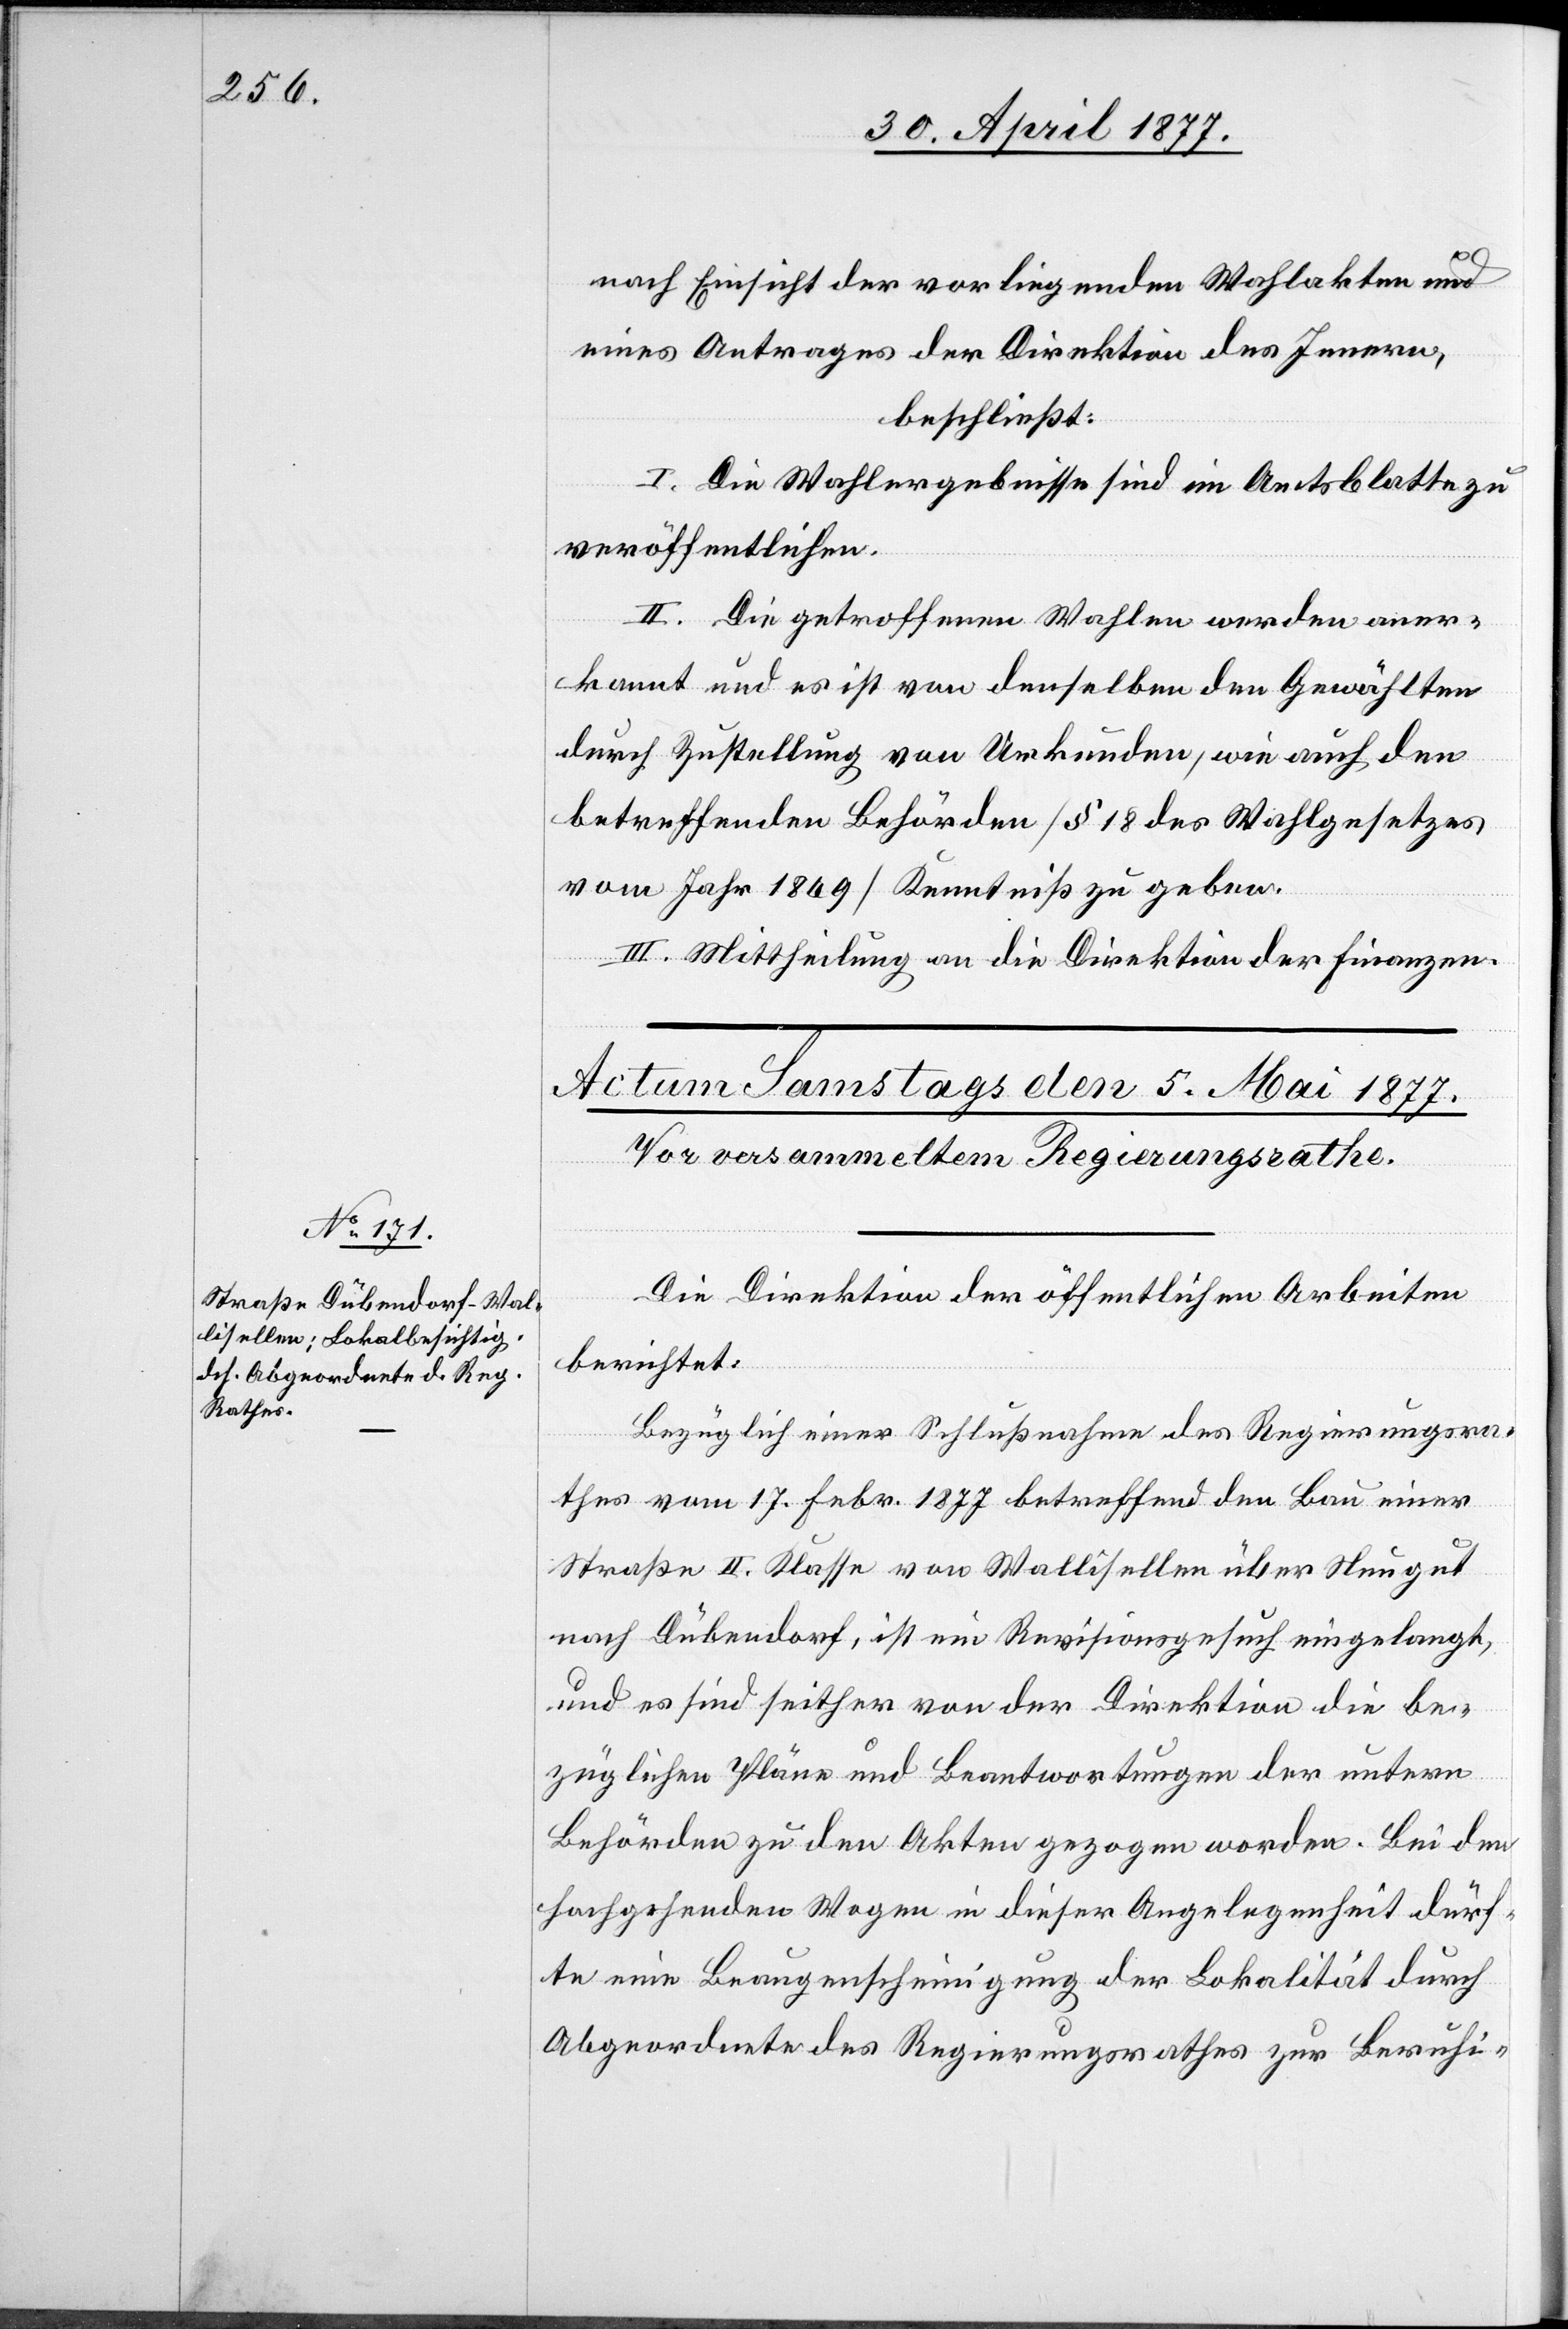
nach Einsicht der Vorliegenden Wahlakten und
eines Antrages der Direktion des Innern,
beschließt:
I. Die Wahlergebnisse sind im Amtsblatt zu
veröffentlichen.
II. Die getroffenen Wahlen werden aner¬
kannt und es ist von denselben den Gewählten
durch Zustellung von Urkunden, wie auch den
betreffenden Behörden [§ 18 des Wahlgesetzes
vom Jahr 1869] Kenntniß zu geben.
III. Mittheilung an die Direktion der Finanzen.
Die Direktion der öffentlichen Arbeiten
berichtet:
Bezüglich einer Schlußnahme des Regierungsra¬
thes vom 17. Febr. 1877 betreffend den Bau einer
Straße II. Klasse von Wallisellen über Neugut
nach Dübendorf, ist ein Revisionsgesuch eingelangt,
und es sind seither von der Direktion die be¬
züglichen Pläne und Beantwortungen der untern
Behörden zu den Akten gezogen worden. Bei den
hochgehenden Wogen in dieser Angelegenheit dürf¬
te eine Beaugenscheinigung der Lokalität durch
Abgeordnete des Regierungsrathes zur Beruhi-